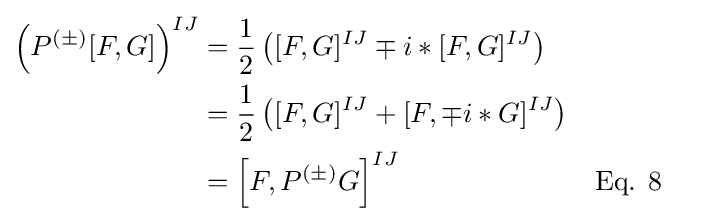
{\begin{aligned}\left(P^{(\pm )}[F,G]\right)^{IJ}&={1 \over 2}\left([F,G]^{IJ}\mp i*[F,G]^{IJ}\right)\\&={1 \over 2}\left([F,G]^{IJ}+[F,\mp i*G]^{IJ}\right)\\&=\left[F,P^{(\pm )}G\right]^{IJ}&&{\text{Eq. 8}}\end{aligned}}